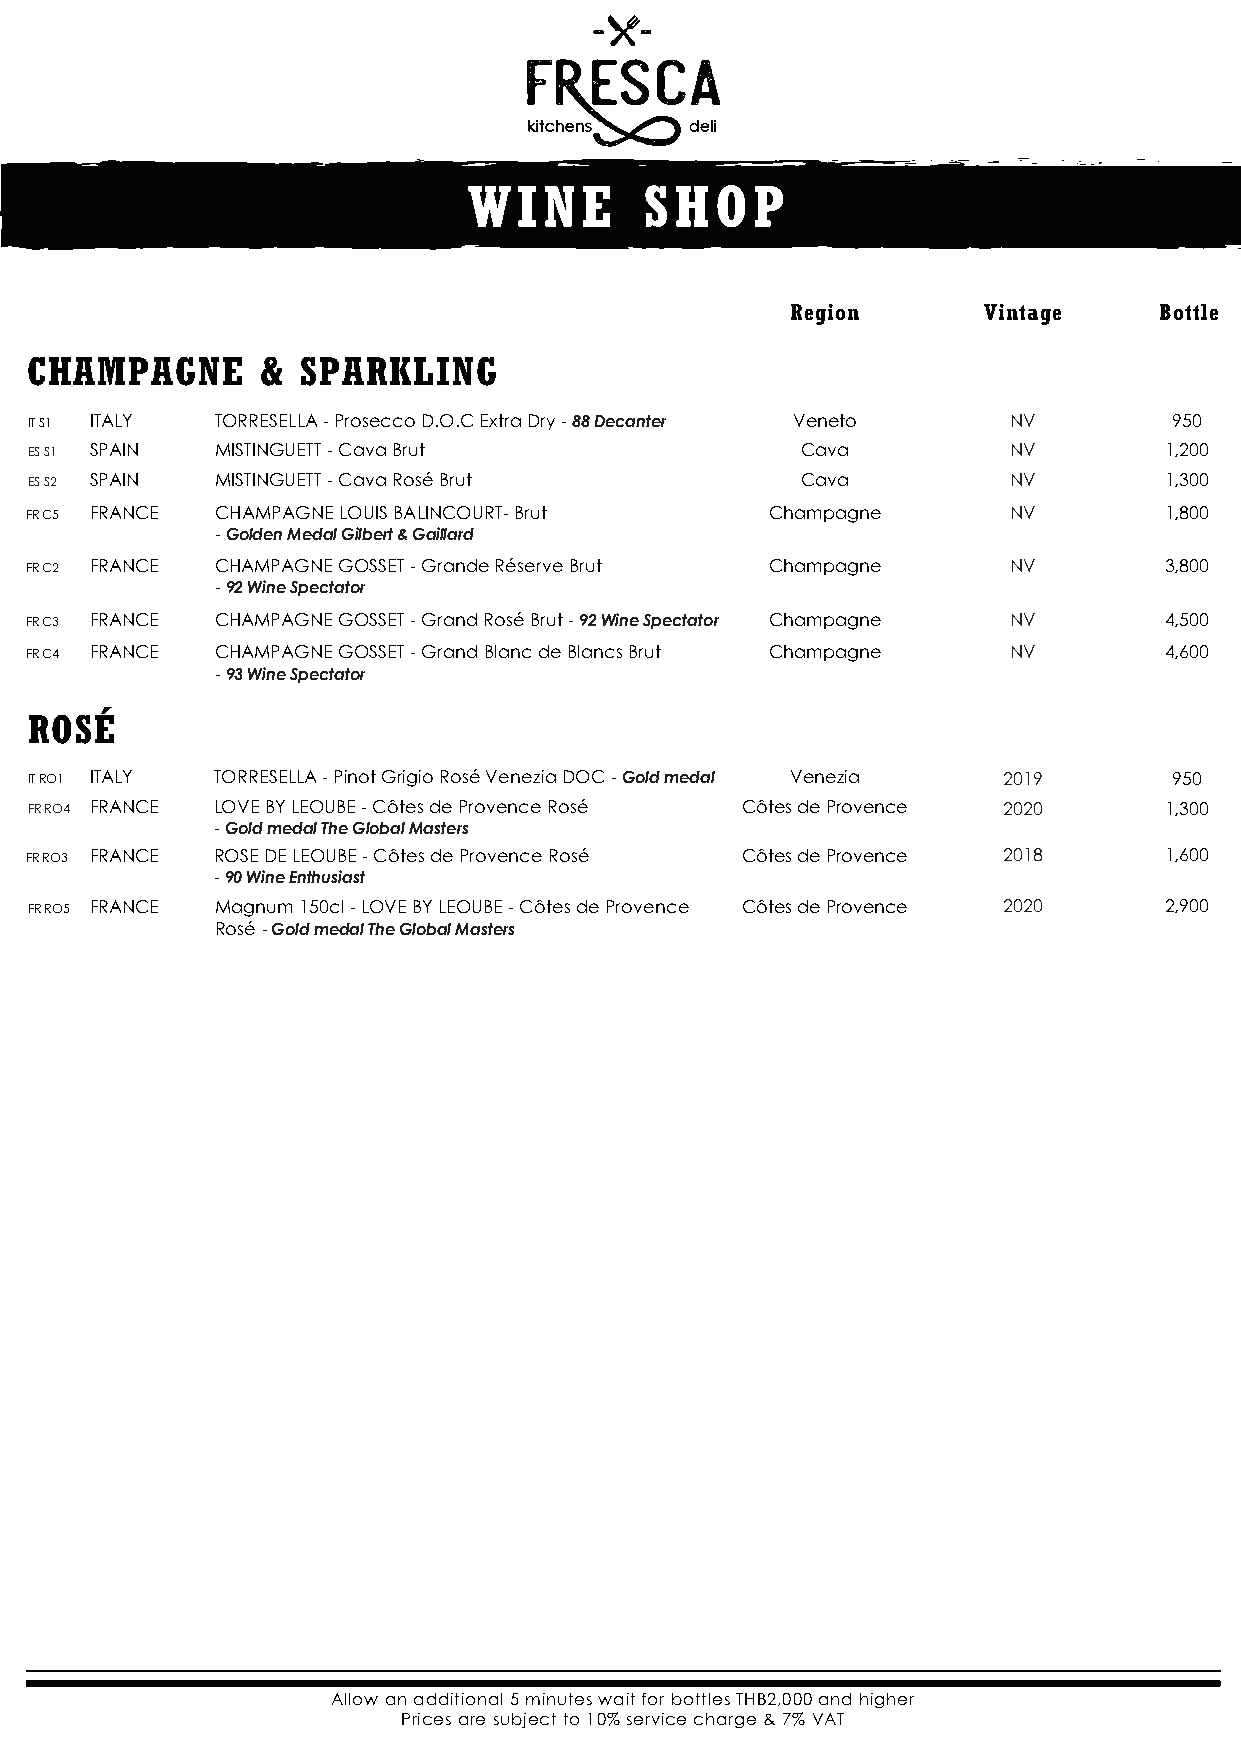
WINE        SHOP
 Region       Vintage     Bottle
 CHAMPAGNE      &  SPARKLING
 IT S1 ITALY TORRESELLA - Prosecco D.O.C Extra Dry - 88 Decanter Veneto NV   950
 ES S1 SPAIN MISTINGUETT - Cava Brut                Cava          NV        1,200
 ES S2 SPAIN MISTINGUETT - Cava Rosé Brut           Cava          NV        1,300
 FR C5 FRANCE CHAMPAGNE LOUIS BALINCOURT- Brut    Champagne       NV        1,800
 - Golden Medal Gilbert & Gaillard
 FR C2 FRANCE CHAMPAGNE GOSSET - Grande Réserve Brut Champagne    NV        3,800
 - 92 Wine Spectator
 FR C3 FRANCE CHAMPAGNE GOSSET - Grand Rosé Brut - 92 Wine Spectator Champagne NV 4,500
 FR C4 FRANCE CHAMPAGNE GOSSET - Grand Blanc de Blancs Brut Champagne NV    4,600
 - 93 Wine Spectator
 ROSÉ
 IT RO1 ITALY TORRESELLA - Pinot Grigio Rosé Venezia DOC - Gold medal Venezia 2019 950
 FR RO4 FRANCE LOVE BY LEOUBE - Côtes de Provence Rosé Côtes de Provence 2020 1,300
 - Gold medal The Global Masters
 FR RO3 FRANCE ROSE DE LEOUBE - Côtes de Provence Rosé Côtes de Provence 2018 1,600
 - 90 Wine Enthusiast
 FR RO5 FRANCE Magnum 150cl - LOVE BY LEOUBE - Côtes de Provence Côtes de Provence 2020 2,900
 Rosé - Gold medal The Global Masters
 Allow an additional 5 minutes wait for bottles THB2,000 and higher
 Prices are subject to 10% service charge & 7% VAT